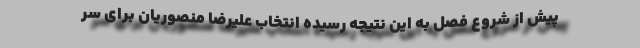
پیش از شروع فصل به این نتیجه رسیده انتخاب علیرضا منصوریان برای سر